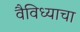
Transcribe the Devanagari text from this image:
वैविध्याचा